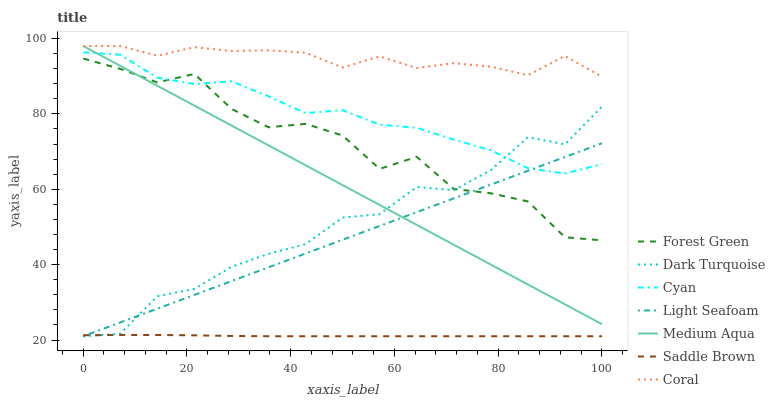
| xaxis_label | Forest Green | Dark Turquoise | Cyan | Light Seafoam | Medium Aqua | Saddle Brown | Coral |
 | --- | --- | --- | --- | --- | --- | --- | --- |
 | 0 | 94.7 | 21 | 96.3 | 21 | 98 | 21.3 | 98 |
 | 7.14 | 91.9 | 21.6 | 95.7 | 24.7 | 92.7 | 21.3 | 98 |
 | 14.3 | 88.3 | 31.6 | 89.6 | 28.3 | 87.5 | 21.3 | 95.4 |
 | 21.4 | 90.6 | 33.6 | 87.9 | 32 | 82.2 | 21.2 | 97.7 |
 | 28.6 | 81.3 | 39.4 | 88.6 | 35.6 | 76.9 | 21.1 | 96.7 |
 | 35.7 | 76.4 | 42.9 | 84.6 | 39.3 | 71.6 | 21 | 96.9 |
 | 42.9 | 77.3 | 45.4 | 80.2 | 42.9 | 66.4 | 21 | 96.2 |
 | 50 | 74.2 | 52.5 | 81 | 46.6 | 61.1 | 21 | 92.3 |
 | 57.1 | 65.4 | 53.4 | 77.1 | 50.3 | 55.8 | 21 | 95.3 |
 | 64.3 | 68.6 | 60.6 | 76.3 | 53.9 | 50.6 | 21 | 92.1 |
 | 71.4 | 60.1 | 59.8 | 73.2 | 57.6 | 45.3 | 21 | 93.5 |
 | 78.6 | 58.9 | 65.1 | 70.3 | 61.2 | 40 | 21 | 92.5 |
 | 85.7 | 56.8 | 73.8 | 65.6 | 64.9 | 34.7 | 21 | 90.2 |
 | 92.9 | 47.3 | 71.9 | 64.2 | 68.5 | 29.5 | 21 | 95.4 |
 | 100 | 46.4 | 81.9 | 66.7 | 72.2 | 24.2 | 21 | 89.8 |